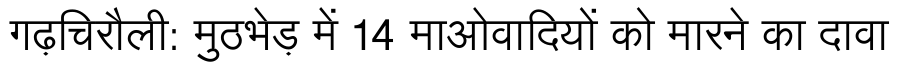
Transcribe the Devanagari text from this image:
गढ़चिरौली: मुठभेड़ में 14 माओवादियों को मारने का दावा